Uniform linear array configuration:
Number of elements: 4
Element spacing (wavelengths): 0.75
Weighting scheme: exponential
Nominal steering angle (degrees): -15
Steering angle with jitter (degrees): -16.965
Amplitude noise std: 0.05
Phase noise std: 0.05

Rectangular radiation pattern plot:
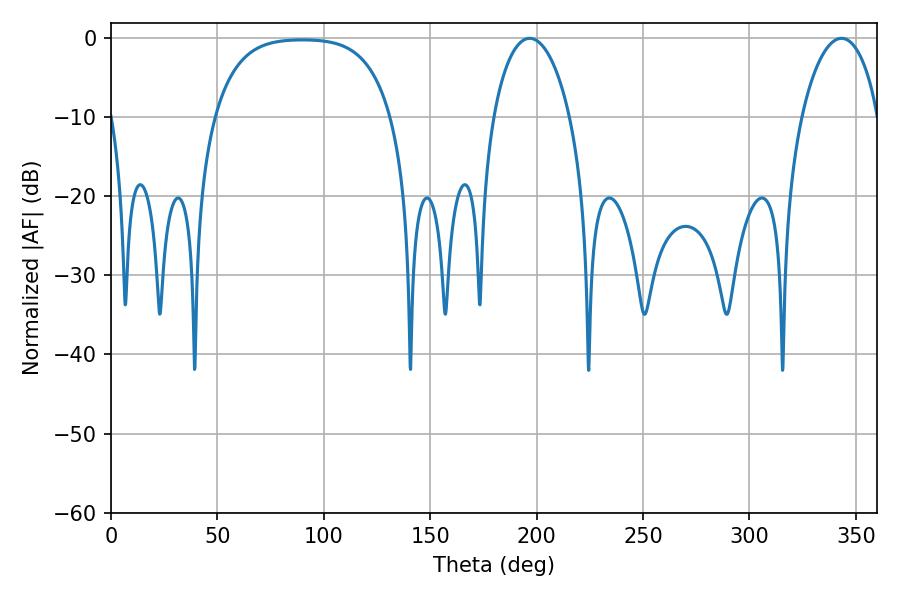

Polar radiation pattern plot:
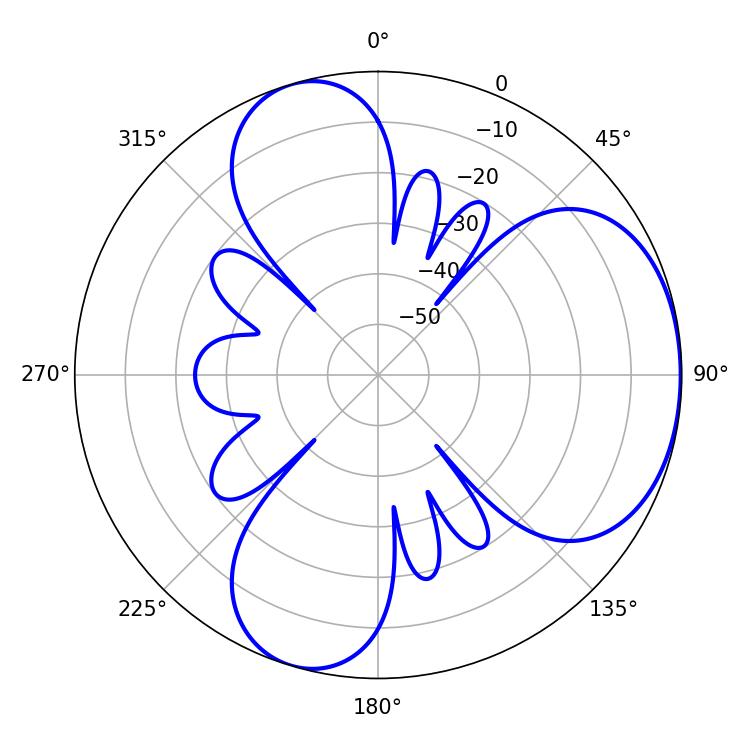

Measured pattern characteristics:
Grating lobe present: TRUE
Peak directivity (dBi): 4.61
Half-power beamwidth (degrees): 20.52
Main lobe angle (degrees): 196.74